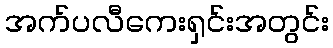
အက်ပလီကေးရှင်းအတွင်း